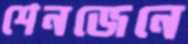
শেনজেনে